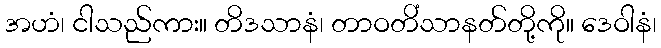
အဟံ၊ ငါသည်ကား။ တိဒသာနံ၊ တာဝတိံသာနတ်တို့ကို။ ဒေဝါနံ၊